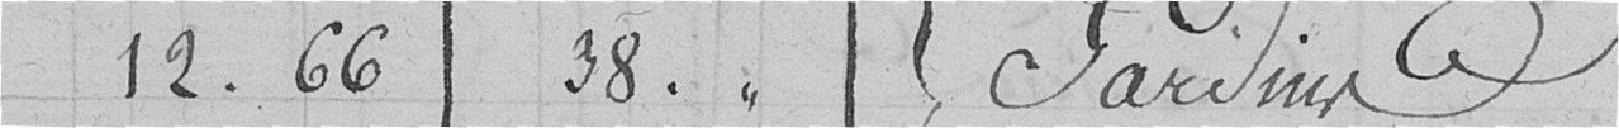
12.66 38. Jardins